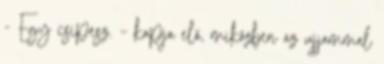
- Egy csipesz. – kapja elő, miközben az ujjammal